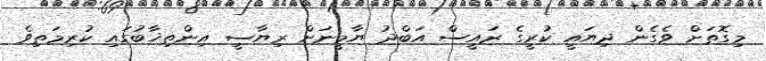
މިގޮތަށް ވެގެން ދިޔައީ ކުރީގެ ރައީސް އަބްދު ޔާމީނަށް ރިޔާސީ އިންތިޚާބުގައި ކުރިމަތިވެ